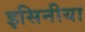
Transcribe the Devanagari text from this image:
इसिनीया